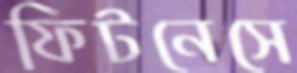
ফিটনেসে